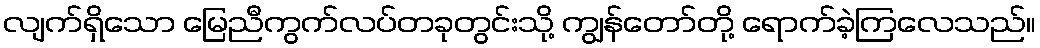
လျက်ရှိသော မြေညီကွက်လပ်တခုတွင်းသို့ ကျွန်တော်တို့ ရောက်ခဲ့ကြလေသည်။